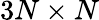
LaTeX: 3N\times N